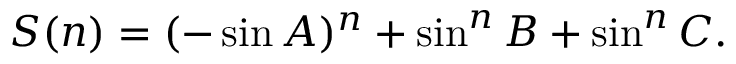
S ( n ) = ( - \sin { A } ) ^ { n } + \sin ^ { n } { B } + \sin ^ { n } { C } .